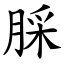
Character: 䐆